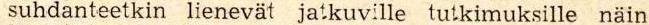
suhdanteetkin lienevät jatkuville tutkimuksille näin